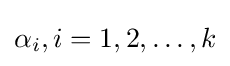
\textstyle \alpha _{i},i=1,2,\dots ,k